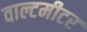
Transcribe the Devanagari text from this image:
वाल्टमीटर